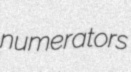
numerators